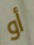
أو